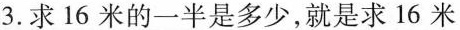
3.求16米的一半是多少，就是求16米